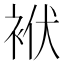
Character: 袱